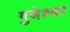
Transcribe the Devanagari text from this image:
गुणेश्वर